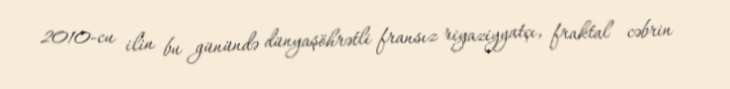
2010-cu ilin bu günündə dünyaşöhrətli fransız riyaziyyatçı, fraktal cəbrin